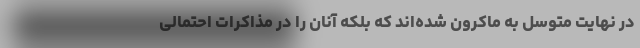
در نهایت متوسل به ماکرون شده‌اند که بلکه آنان را در مذاکرات احتمالی